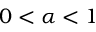
0 < \alpha < 1